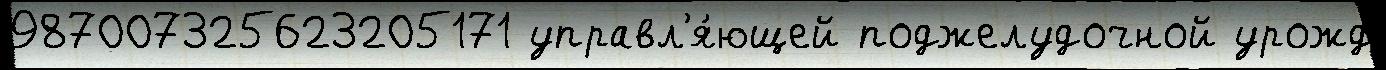
987007325623205171 управл'я́ющей поджелудочной урожд